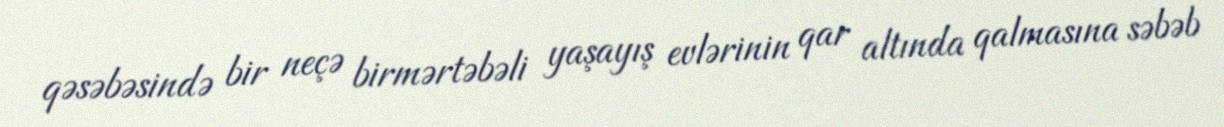
qəsəbəsində bir neçə birmərtəbəli yaşayış evlərinin qar altında qalmasına səbəb